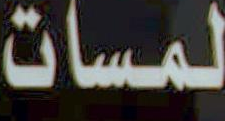
لمسات